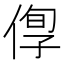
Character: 𠊫